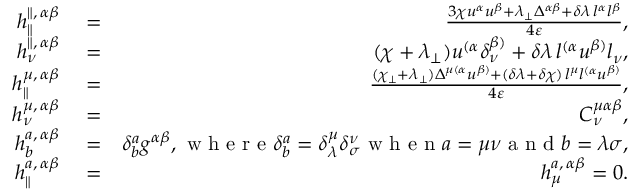
\begin{array} { r l r } { h _ { \parallel } ^ { \parallel , \, \alpha \beta } } & { { } = } & { \frac { 3 \chi u ^ { \alpha } u ^ { \beta } + \lambda _ { \perp } \Delta ^ { \alpha \beta } + \delta \lambda \, l ^ { \alpha } l ^ { \beta } } { 4 \varepsilon } , } \\ { h _ { \nu } ^ { \parallel , \, \alpha \beta } } & { { } = } & { ( \chi + \lambda _ { \perp } ) u ^ { ( \alpha } \delta _ { \nu } ^ { \beta ) } + \delta \lambda \, l ^ { ( \alpha } u ^ { \beta ) } l _ { \nu } , } \\ { h _ { \parallel } ^ { \mu , \, \alpha \beta } } & { { } = } & { \frac { ( \chi _ { \perp } + \lambda _ { \perp } ) \Delta ^ { \mu ( \alpha } u ^ { \beta ) } + ( \delta \lambda + \delta \chi ) \, l ^ { \mu } l ^ { ( \alpha } u ^ { \beta ) } } { 4 \varepsilon } , } \\ { h _ { \nu } ^ { \mu , \, \alpha \beta } } & { { } = } & { C _ { \nu } ^ { \mu \alpha \beta } , } \\ { h _ { b } ^ { a , \, \alpha \beta } } & { { } = } & { \delta _ { b } ^ { a } g ^ { \alpha \beta } , \mathrm { ~ w ~ h ~ e ~ r ~ e ~ } \delta _ { b } ^ { a } = \delta _ { \lambda } ^ { \mu } \delta _ { \sigma } ^ { \nu } \mathrm { ~ w ~ h ~ e ~ n ~ } a = \mu \nu \mathrm { ~ a ~ n ~ d ~ } b = \lambda \sigma , } \\ { h _ { \parallel } ^ { a , \, \alpha \beta } } & { { } = } & { h _ { \mu } ^ { a , \, \alpha \beta } = 0 . } \end{array}